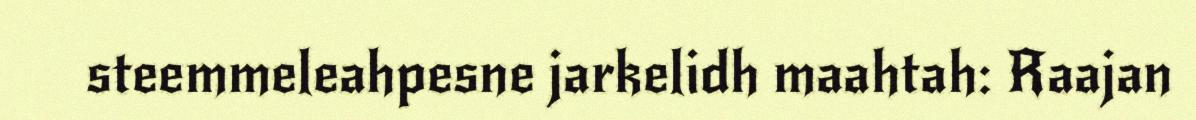
steemmeleahpesne jarkelidh maahtah: Raajan